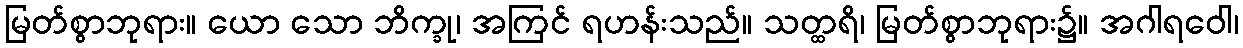
မြတ်စွာဘုရား။ ယော သော ဘိက္ခု၊ အကြင် ရဟန်းသည်။ သတ္ထရိ၊ မြတ်စွာဘုရား၌။ အဂါရဝေါ၊